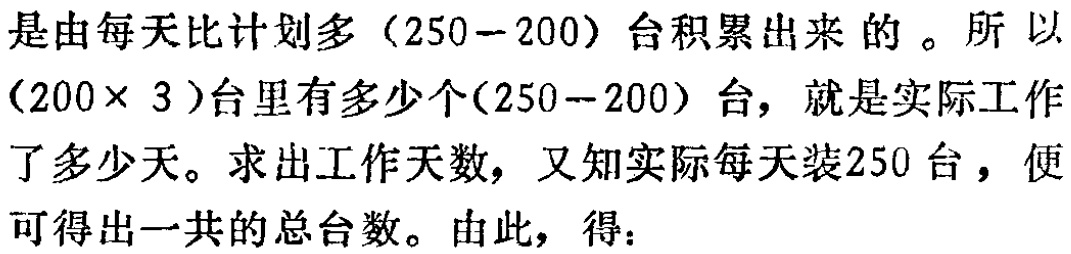
是由每天比计划多（250−200）台积累出来的。所以（200× 3）台里有多少个(250−200）台，就是实际工作了多少天。求出工作天数，又知实际每天装250台，便可得出一共的总台数。由此，得：